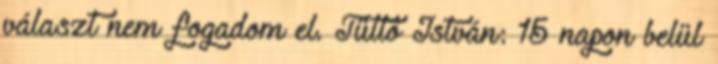
választ nem fogadom el. Tüttő István: 15 napon belül